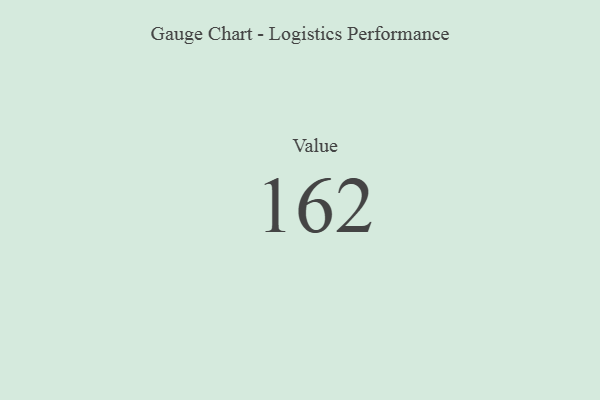
{"axis": {"x": "Metric", "y": "Value"}, "legend": [""], "data": [{"x": "Value", "y": 162, "type": ""}]}